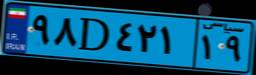
۹۸D۴۲۱۱۹